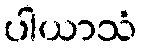
ပါယာသံ